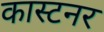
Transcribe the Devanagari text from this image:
कास्टनर